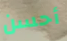
أحسن